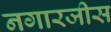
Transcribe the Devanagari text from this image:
नगारजीस